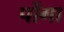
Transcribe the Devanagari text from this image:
पोंगा